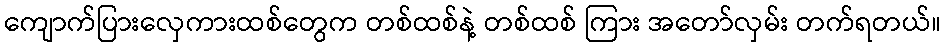
ကျောက်ပြားလှေကားထစ်တွေက တစ်ထစ်နဲ့ တစ်ထစ် ကြား အတော်လှမ်း တက်ရတယ်။